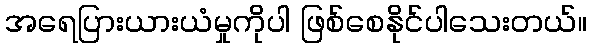
အရေပြားယားယံမှုကိုပါ ဖြစ်စေနိုင်ပါသေးတယ်။